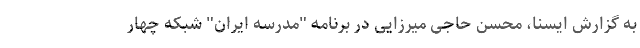
به گزارش ایسنا، محسن حاجی میرزایی در برنامه "مدرسه ایران" شبکه چهار